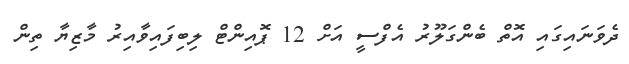
ދެވަނައިގައި އޮތް ބެންގަލޫރު އެފްސީ އަށް 12 ޕޮއިންޓް ލިބިފައިވާއިރު މާޒިޔާ ތިން